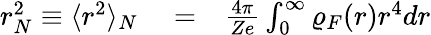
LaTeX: \begin{array}{rlr}{r_{N}^{2}\equiv\langle r^{2}\rangle_{N}}&{{}=}&{\frac{4\pi}{Ze}\int_{0}^{\infty}\varrho_{F}(r)r^{4}dr}\end{array}